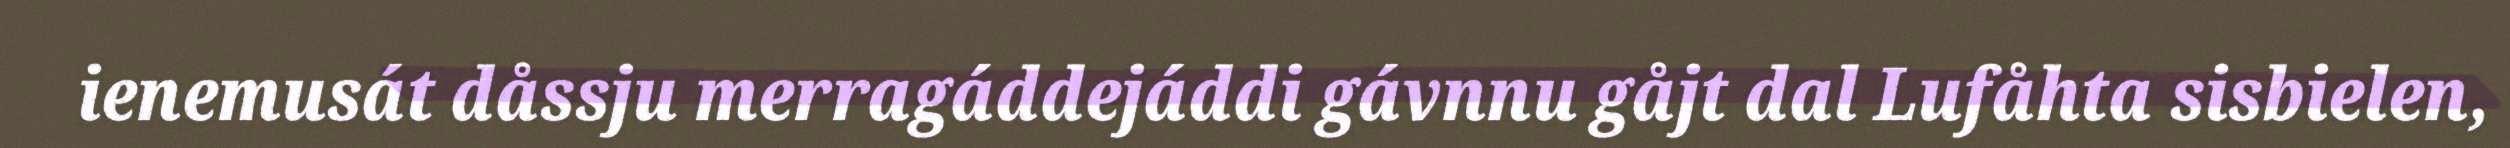
ienemusát dåssju merragáddejáddi gávnnu gåjt dal Lufåhta sisbielen,